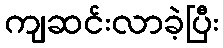
ကျဆင်းလာခဲ့ပြီး